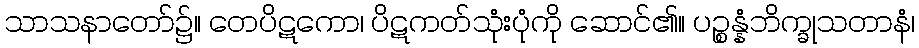
သာသနာတော်၌။ တေပိဋကော၊ ပိဋကတ်သုံးပုံကို ဆောင်၏။ ပဉ္စန္နံဘိက္ခုသတာနံ၊